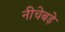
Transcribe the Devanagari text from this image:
नीचेबड़े